38_143685_box7_Incident_Summaries_1-100
Agency: Department of War
Page 170
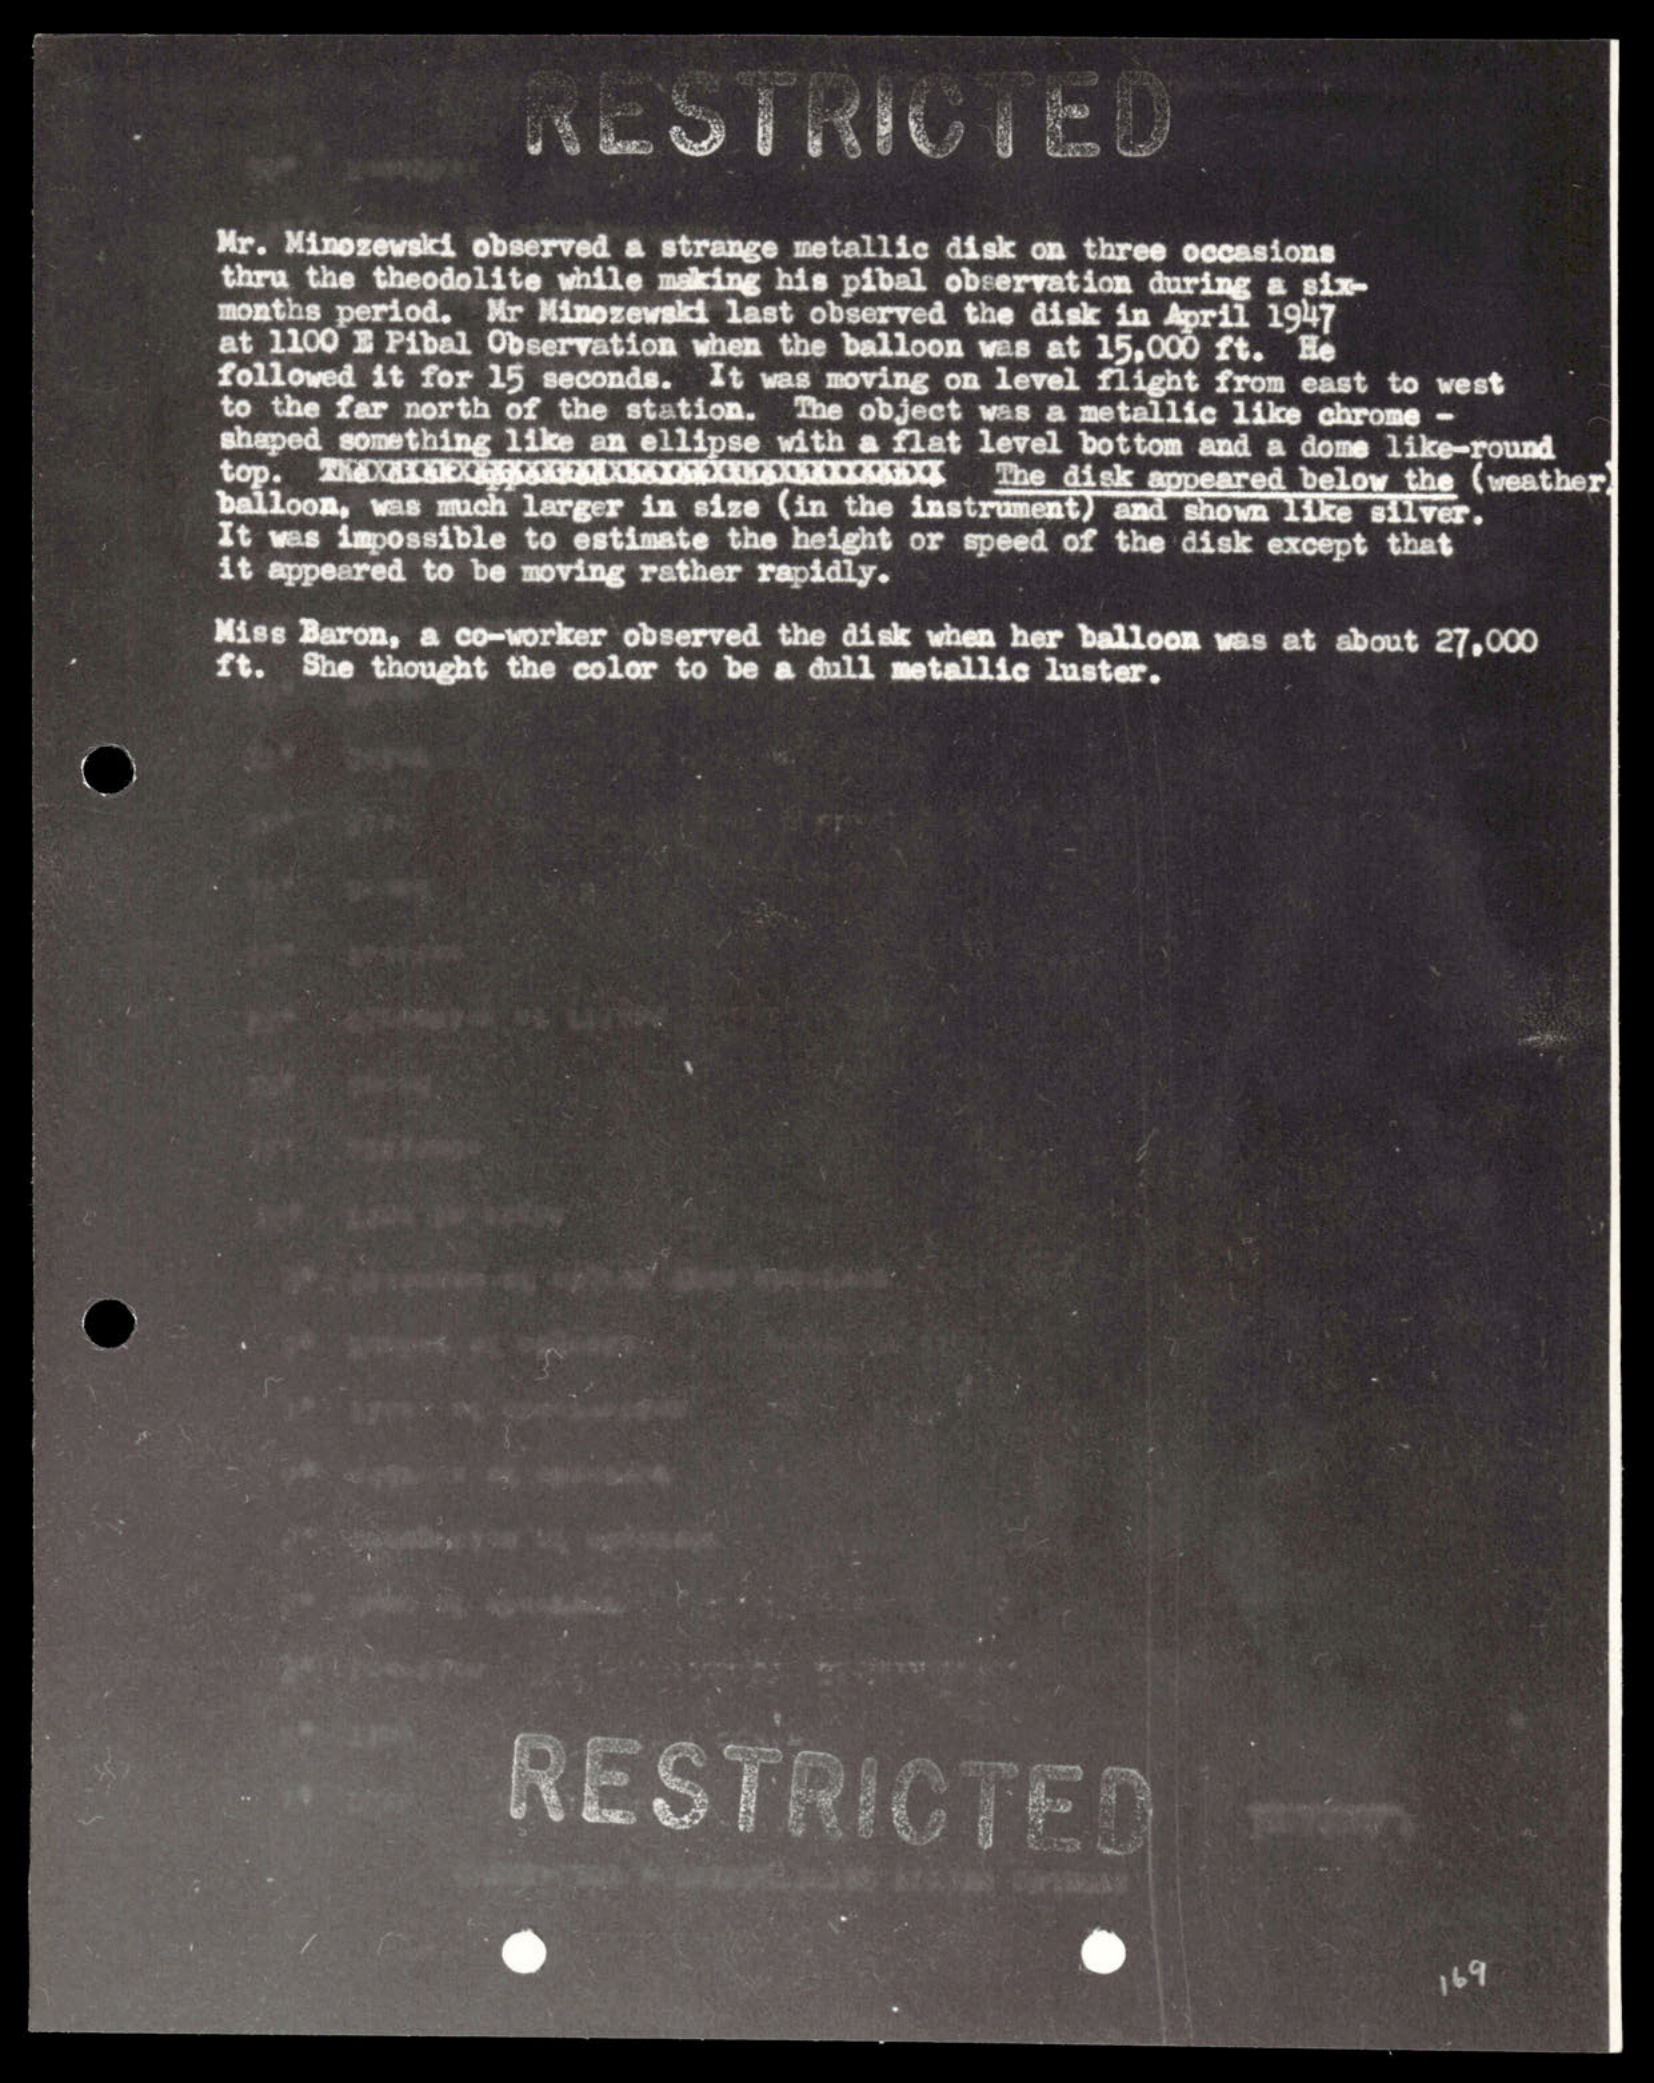